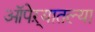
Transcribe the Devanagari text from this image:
ऑपेऱ्यातल्या